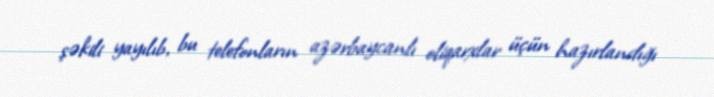
şəkili yayılıb, bu telefonların azərbaycanlı oliqarxlar üçün hazırlandığı